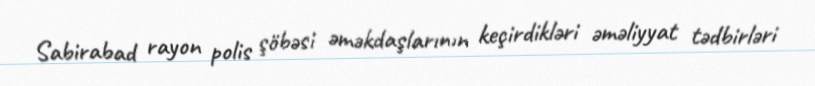
Sabirabad rayon polis şöbəsi əməkdaşlarının keçirdikləri əməliyyat tədbirləri